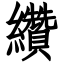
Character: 纘